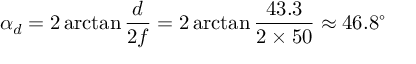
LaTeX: \alpha _ { d } = 2 \arctan { \frac { d } { 2 f } } = 2 \arctan { \frac { 4 3 . 3 } { 2 \times 5 0 } } \approx 4 6 . 8 ^ { \circ }